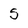
Character: 5